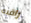
راقبه